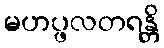
မဟပ္ဖလတရန္တိ